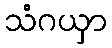
သံဂယှာ